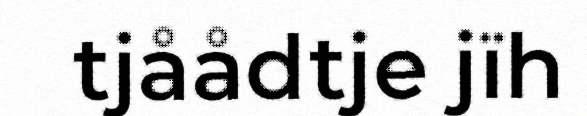
tjåådtje jïh